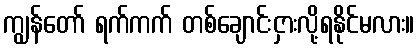
ကျွန်တော် ရက်ကက် တစ်ချောင်းငှားလို့ရနိုင်မလား။